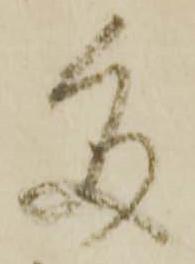
多